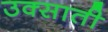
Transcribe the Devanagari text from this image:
उक्साती